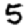
Digit: 5